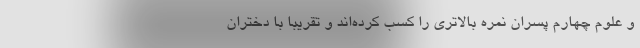
و علوم چهارم پسران نمره بالاتری را کسب کرده‌اند و تقریبا با دختران